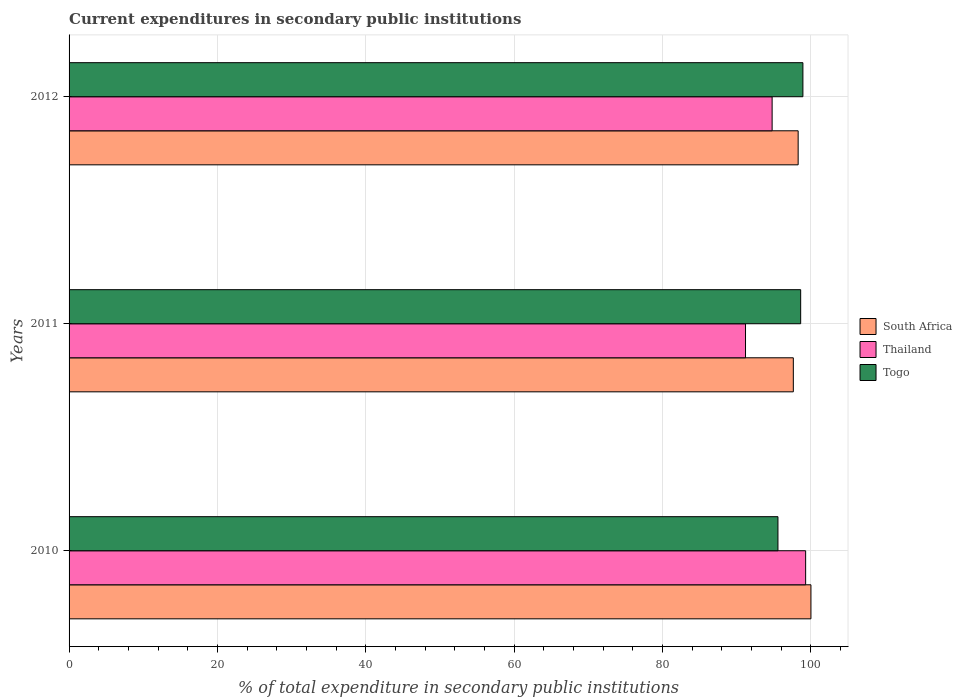
| Years | South Africa | Thailand | Togo |
 | --- | --- | --- | --- |
 | 2010 | 100 | 99.3 | 95.6 |
 | 2011 | 97.6 | 91.2 | 98.6 |
 | 2012 | 98.3 | 94.8 | 98.9 |